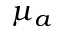
\mu _ { a }